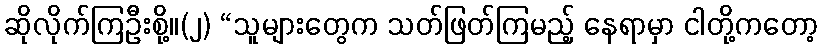
ဆိုလိုက်ကြဦးစို့။(၂) “သူများတွေက သတ်ဖြတ်ကြမည့် နေရာမှာ ငါတို့ကတော့